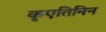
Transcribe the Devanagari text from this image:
कृएतिनिन